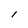
Character: l